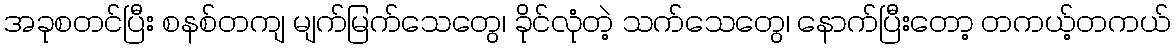
အခုစတင်ပြီး စနစ်တကျ မျက်မြက်သေတွေ၊ ခိုင်လုံတဲ့ သက်သေတွေ၊ နောက်ပြီးတော့ တကယ့်တကယ်